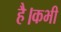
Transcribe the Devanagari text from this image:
है।कभी